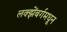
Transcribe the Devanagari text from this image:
लक्झेंबर्गमधून